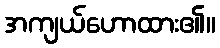
အကျယ်ဟောထား၏။